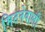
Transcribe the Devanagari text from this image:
मिटनेवाली